Lock hospitals Punjab
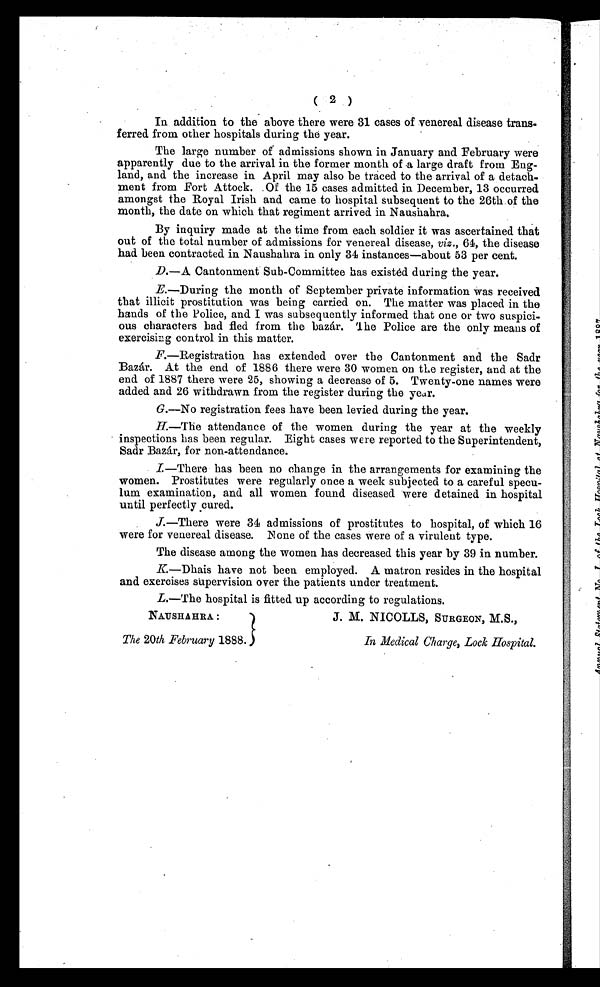
( 2 )
In addition to the above there were 31 cases of venereal disease trans-
ferred from other hospitals during the year.
The large number of admissions shown in January and February were
apparently due to the arrival in the former month of a large draft from Eng-
land, and the increase in April may also be traced to the arrival of a detach-
ment from Fort Attock. Of the 15 cases admitted. in December, 13 occurred
amongst the Royal Irish and came to hospital subsequent to the 26th of the
month, the date on which that regiment arrived in Naushahra.
By inquiry made at the time from each soldier it was ascertained that
out of the total number of admissions for venereal disease, viz ., 64, the disease
had been contracted in Naushahra in only 34 instances—about 53 per cent.
D.—A Cantonment Sub-Committee has existed during the year.
E.—During the month of September private information was received
that illicit prostitution was being carried on. The matter was placed in the
hands of the Police, and I was subsequently informed that one or two suspici-
ous characters had fled from the bazár. The Police are the only means of
exercising control in this matter.
F.— R e g i s t r a t i o n h a s e x t e n d e d o v e r t h e C a n t o n m e n t a n d t h e S a d r
Bazár. At the end of 1886 there were 30 women on the register, and at the
end of 1887 there were 25, showing a decrease of 5. Twenty-one names were
added and 26 withdrawn from the register during the year.
G.—No registration fees have been levied during the year.
H.— T h e a t t e n d a n c e o f t h e w o m e n d u r i n g t h e y e a r a t t h e w e e k l y
inspections has been regular. Eight cases were reported to the Superintendent,
Sadr Bazár, for non-attendance.
I.
—There has been no change in the arrangements for examining the
women. Prostitutes were regularly once a week subjected to a careful specu-
lum examination, and all women found diseased were detained in hospital
until perfectly cured.
J.— T h e r e w e r e 3 4 a d m i s s i o n s o f p r o s t i t u t e s t o h o s p i t a l , o f w h i c h 1 6
were for venereal disease. None of the cases were of a virulent type.
The disease among the women has decreased this year by 39 in number.
K.— D h a i s h a v e n o t b e e n e m p l o y e d . A m a t r o n r e s i d e s i n t h e h o s p i t a l
and exercises supervision over the patients under treatment.
L.—The hospital is fitted up according to regulations.
NAUSHAHRA :
The 20th February
1888. NICOLLS, SURGEON, M.S., J . M . J . M . N I C O L L S , S U R G E O N , M . S . ,
In Medical Charge, Lock Hospital.